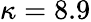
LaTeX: \kappa=8.9